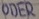
Text: ODER